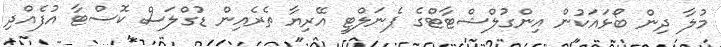
މުލާ ދިން ބޯޅައަކުން އިންގުލްޝްޓާޓްގެ ޕެނަލްޓީ އޭރިޔާ ތެރެއިން ޑުގްލަސް ކޮސްޓާ އުފެއްދި